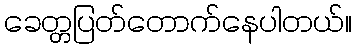
ခေတ္တပြတ်တောက်နေပါတယ်။